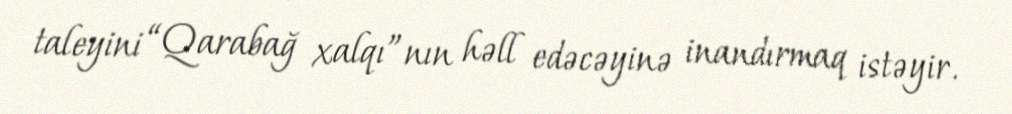
taleyini “Qarabağ xalqı”nın həll edəcəyinə inandırmaq istəyir.